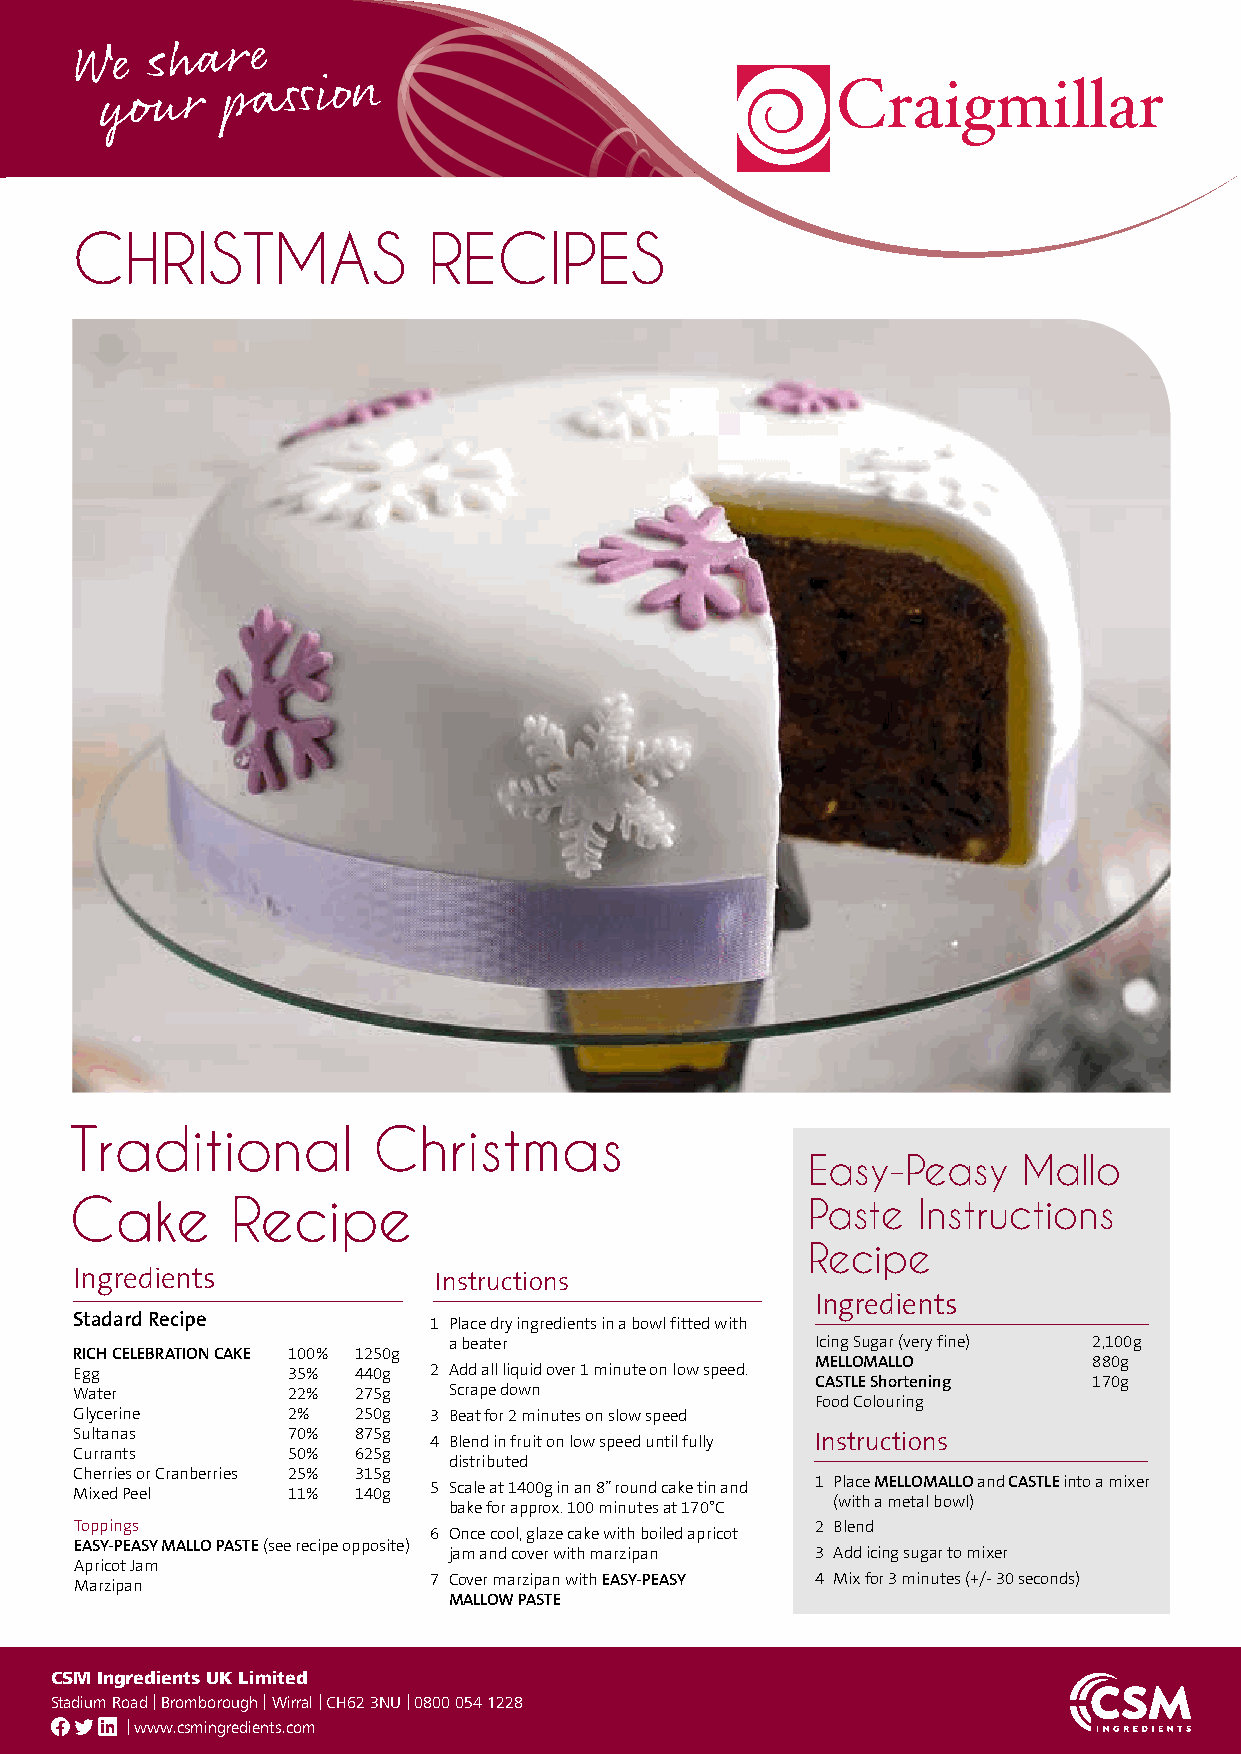
CHRISTMAS              RECIPES
 Traditional         Christmas
 Easy-Peasy     Mallo
 Cake      Recipe                                Paste   Instructions
 Recipe
 Ingredients             Instructions
 Ingredients
 Stadard Recipe
 1 Place dry ingredients in a bowl fitted with
 a beater                Icing Sugar (very fine) 2,100g
 RICH CELEBRATION CAKE 100% 1250g
 MELLOMALLO        880g
 Egg           35% 440g 2 Add all liquid over 1 minute on low speed.
 CASTLE Shortening 170g
 Water         22% 275g   Scrape down
 Food Colouring
 Glycerine     2%  250g 3 Beat for 2 minutes on slow speed
 Sultanas      70% 875g 4 Blend in fruit on low speed until fully Instructions
 Currants      50% 625g
 distributed
 Cherries or Cranberries 25% 315g
 5 Scale at 1400g in an 8” round cake tin and 1 Place MELLOMALLO and CASTLE into a mixer
 Mixed Peel    11% 140g
 bake for approx. 100 minutes at 170°C (with a metal bowl)
 Toppings               6 Once cool, glaze cake with boiled apricot 2 Blend
 EASY-PEASY MALLO PASTE (see recipe opposite)
 jam and cover with marzipan 3 Add icing sugar to mixer
 Apricot Jam
 7 Cover marzipan with EASY-PEASY 4 Mix for 3 minutes (+/- 30 seconds)
 Marzipan
 MALLOW PASTE
 CSM Ingredients UK Limited
 Stadium Road I Bromborough I Wirral I CH62 3NU I 0800 054 1228
 I www.csmingredients.com